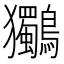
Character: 𮭞